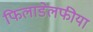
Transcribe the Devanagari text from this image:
फिलाडेलफीया